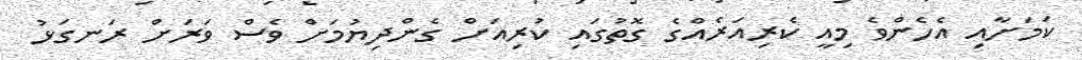
ކަމަށާއި އެހެންވެ މިއީ ކެރިއަރެއްގެ ގޮތުގައި ކުރިއަށް ގެންދިޔުމަށް ވެސް ވަރަށް ރަނގަޅު